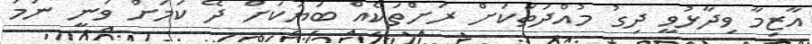
އާޒިމާ ވިދާޅުވީ ދިގު މުއްދަތަކަށް ރަށްތަކެއް ބަޔަކަށް ދޭ ކަމަށް ވަނީ ނަމަ